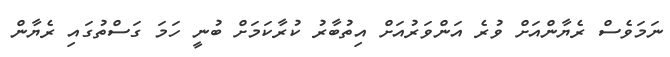
ނަމަވެސް ރެޔާންއަށް ވުރެ އަންވަރުއަށް އިތުބާރު ކުރާކަމަށް ބުނީ ހަމަ ގަސްތުގައި ރެޔާން